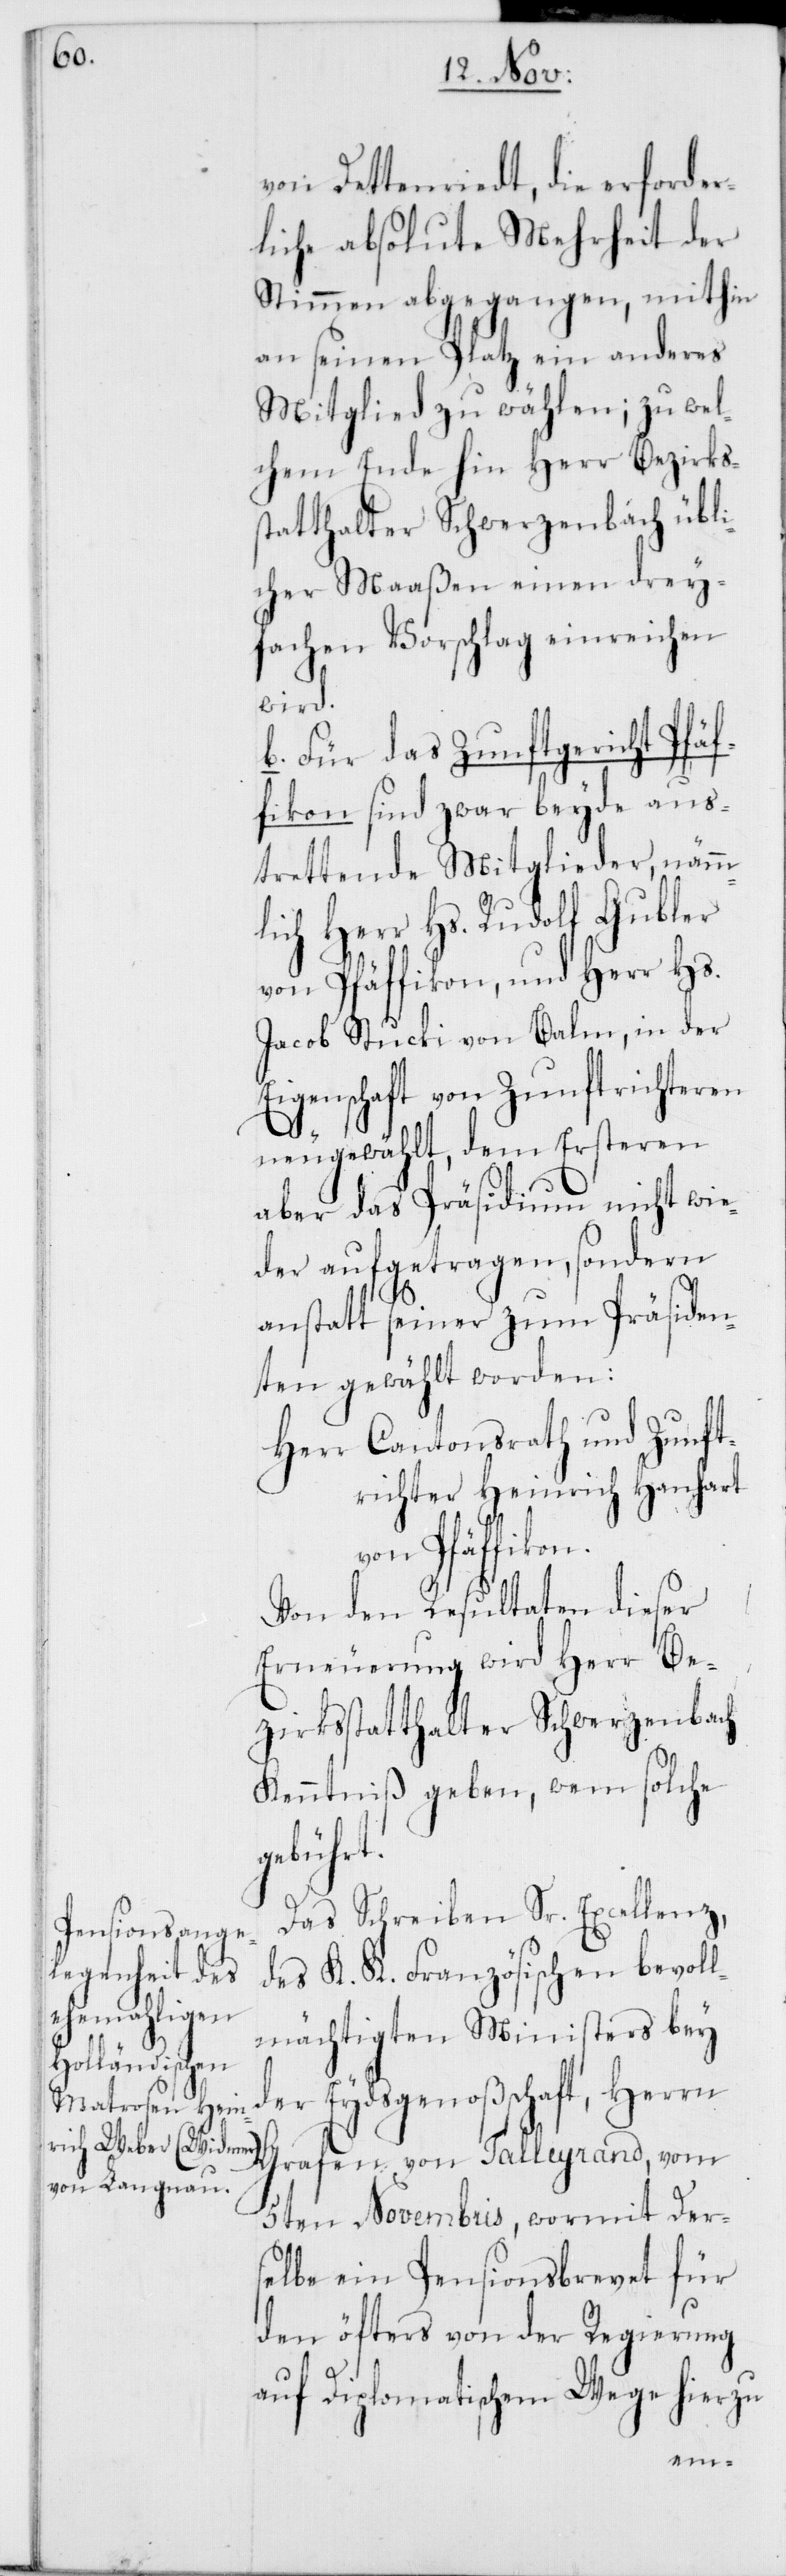
von Dettenriedt, die erforder¬
liche absolute Mehrheit der
Stimmen abgegangen, mithin
an seinen Platz ein anderes
Mitglied zu wählen; zu wel¬
chem Ende hin Herr Bezirkss¬
tatthalter Schwerzenbach übli¬
cher Maaßen einen drey¬
fachen Vorschlag einreichen
wird.
b. Für das Zunftgericht Pfäf¬
fikon sind zwar beyde aus¬
trettende Mitglieder, nämm¬
lich Herr Hs. Rudolf Gubler
von Pfäffikon, und Herr Hs.
Jacob Stucki von Balm, in der
Eigenschaft von Zunftrichteren
neugewählt, dem Ersteren
aber das Präsidium nicht wie¬
der aufgetragen, sondern
anstatt seiner zum Präsiden¬
ten gewählt worden:
Herr Cantonsrath und Zunft¬
richter Heinrich Hanhart
Pfäffikon.
Von den Resultaten dieser
Erneuerung wird Herr Be¬
zirksstatthalter Schwerzenbach
Kenntniß geben, wem solche
gebührt.
Das Schreiben Sr. Excellenz
des K. K. Französischen bevoll¬
mächtigten Ministers bey
der Eydsgenoßenschaft, Herrn
5ten Novembris, wormit Der¬
selbe ein Pensionsbrevet für
den öfters von der Regierung
auf Diplomatischem Wege hierzu